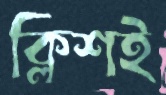
ক্লিশই